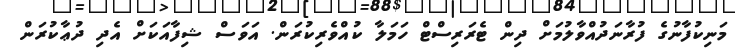
މަނިކުފާނުގެ ފުރާނަދުއްވާލުމަށް ދިން ޓެރަރިސްޓް ހަމަލާ ކުއްވެރިކުރަން. އަވަސް ޝިފާއަކަށް އެދި ދުޢާކުރަން